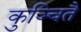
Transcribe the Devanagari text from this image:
कुञ्चितै